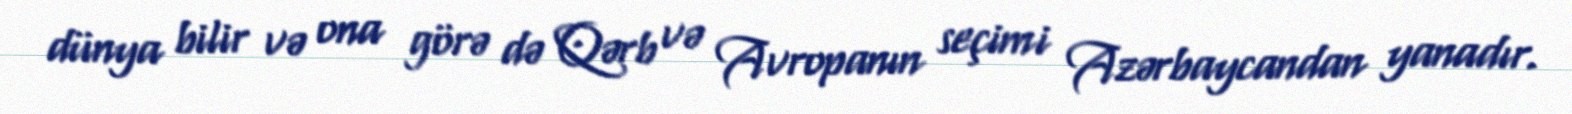
dünya bilir və ona görə də Qərb və Avropanın seçimi Azərbaycandan yanadır.